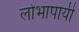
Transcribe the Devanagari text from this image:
लोभापायी